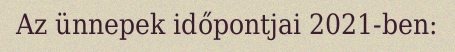
Az ünnepek időpontjai 2021-ben: